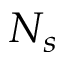
N _ { s }